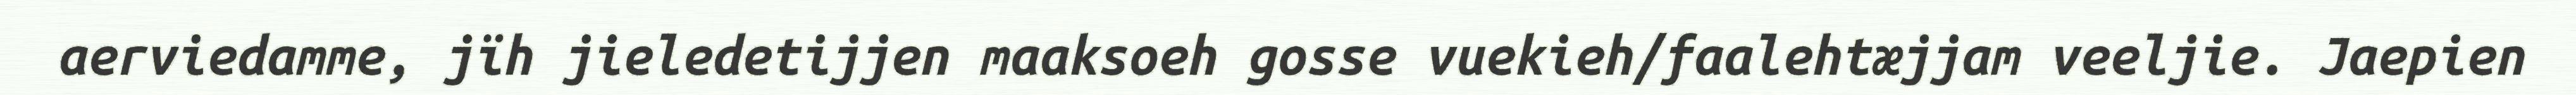
aerviedamme, jïh jieledetijjen maaksoeh gosse vuekieh/faalehtæjjam veeljie. Jaepien